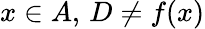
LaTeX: x\in A,\, D\neq f(x)